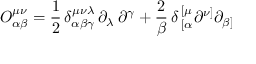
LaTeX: O _ { \alpha \beta } ^ { \mu \nu } = { \frac { 1 } { 2 } } \, \delta _ { \alpha \beta \gamma } ^ { \mu \nu \lambda } \, \partial _ { \lambda } \, \partial ^ { \gamma } + { \frac { 2 } { \beta } } \, \delta \, _ { [ \alpha } ^ { [ \mu } \partial ^ { \nu ] } \partial _ { \beta ] }